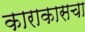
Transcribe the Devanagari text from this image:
काराकासचा